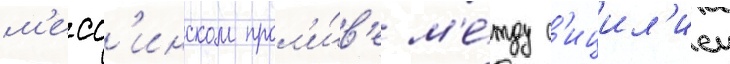
м'есс'инском прол'и́в'е м'е́жду с'ицил'иеи